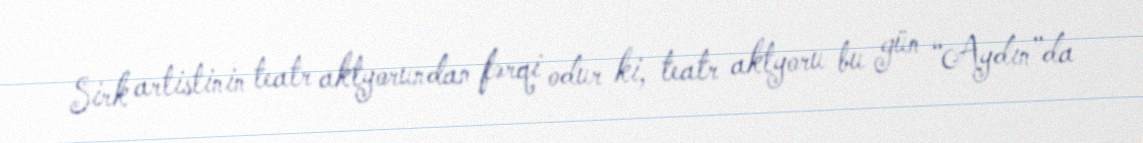
Sirk artistinin teatr aktyorundan fərqi odur ki, teatr aktyoru bu gün “Aydın”da